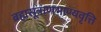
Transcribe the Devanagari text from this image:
ब्रह्मसूत्राणभाण्यवृत्ति